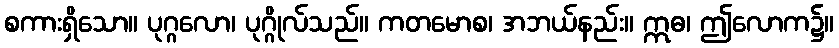
စကားရှိသော။ ပုဂ္ဂလော၊ ပုဂ္ဂိုလ်သည်။ ကတမောစ၊ အဘယ်နည်း။ ဣဓ၊ ဤလောက၌။